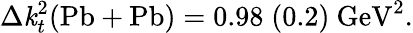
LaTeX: \Delta\mathit{k}_{t}^{2}(\mathrm{{Pb+Pb}})=0.98\; (0.2)\mathrm{{~GeV}}^{2}.